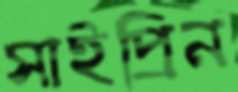
সাইপ্রিন